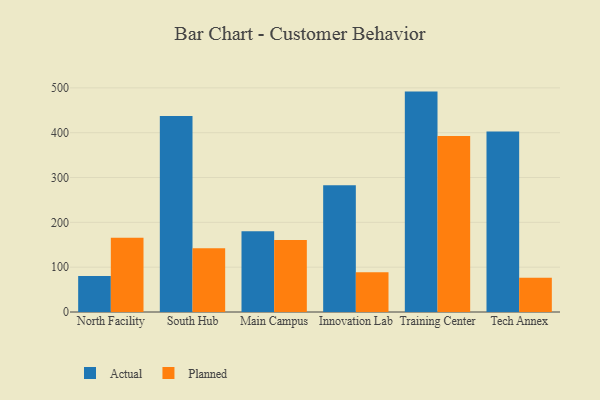
{"axis": {"x": "Campus", "y": "Energy Usage (MWh)"}, "legend": ["Actual", "Planned"], "data": [{"x": "North Facility", "y": 80.5, "type": "Actual"}, {"x": "North Facility", "y": 165.5, "type": "Planned"}, {"x": "South Hub", "y": 437.4, "type": "Actual"}, {"x": "South Hub", "y": 142.4, "type": "Planned"}, {"x": "Main Campus", "y": 180.3, "type": "Actual"}, {"x": "Main Campus", "y": 160.5, "type": "Planned"}, {"x": "Innovation Lab", "y": 283.0, "type": "Actual"}, {"x": "Innovation Lab", "y": 88.6, "type": "Planned"}, {"x": "Training Center", "y": 491.7, "type": "Actual"}, {"x": "Training Center", "y": 392.8, "type": "Planned"}, {"x": "Tech Annex", "y": 402.9, "type": "Actual"}, {"x": "Tech Annex", "y": 76.5, "type": "Planned"}]}